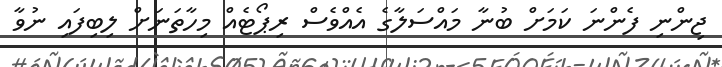
ޖިންނި ފެންނަ ކަމަށް ބުނާ މައްސަލާގެ އެއްވެސް ރިޕޯޓެއް މިހާތަނަށް ލިބިފައި ނުވާ